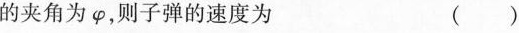
的夹角为\varphi ，则子弹的速度为 ()